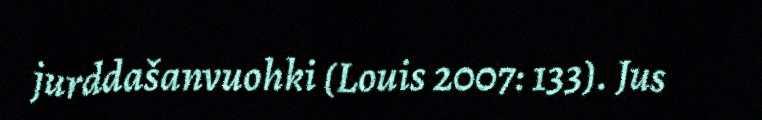
jurddašanvuohki (Louis 2007: 133). Jus